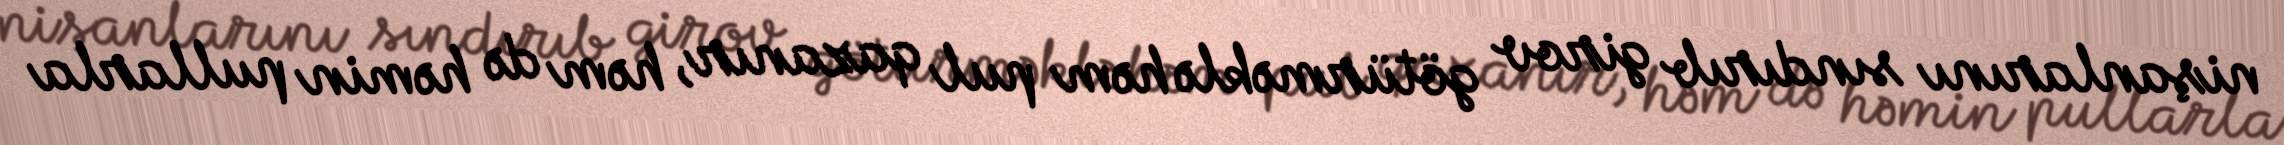
nişanlarını sındırıb girov götürməklə həm pul qazanır, həm də həmin pullarla